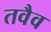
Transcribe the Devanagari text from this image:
तवैव